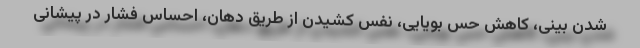
شدن بینی، کاهش حس بویایی، نفس کشیدن از طریق دهان، احساس فشار در پیشانی